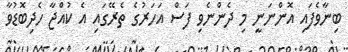
ބިނާވެފައި އޮންނަނީ މި ދެންނެވި ފަސް އަހަރުގެ ތެރޭގައި އެ ކުއްޖާ ހެދިބޮޑުވާ